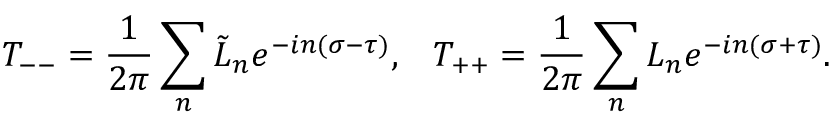
T _ { -- } = \frac { 1 } { 2 \pi } \sum _ { n } \tilde { L } _ { n } e ^ { - i n ( \sigma - \tau ) } , \; \; \; T _ { + + } = \frac { 1 } { 2 \pi } \sum _ { n } L _ { n } e ^ { - i n ( \sigma + \tau ) } .